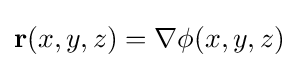
\mathbf {r} (x,y,z)=\nabla \phi (x,y,z)